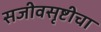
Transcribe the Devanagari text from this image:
सजीवसृष्टीचा